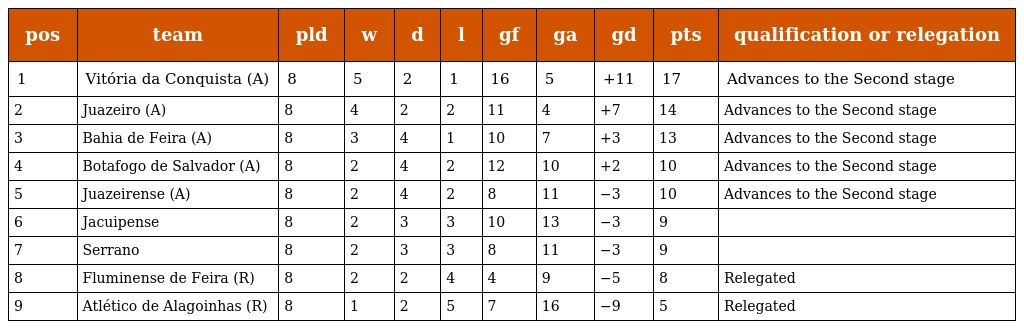
| pos | team | pld | w | d | l | gf | ga | gd | pts | qualification or relegation |
 | --- | --- | --- | --- | --- | --- | --- | --- | --- | --- | --- |
 | 1 | Vitória da Conquista (A) | 8 | 5 | 2 | 1 | 16 | 5 | +11 | 17 | Advances to the Second stage |
 | 2 | Juazeiro (A) | 8 | 4 | 2 | 2 | 11 | 4 | +7 | 14 | Advances to the Second stage |
 | 3 | Bahia de Feira (A) | 8 | 3 | 4 | 1 | 10 | 7 | +3 | 13 | Advances to the Second stage |
 | 4 | Botafogo de Salvador (A) | 8 | 2 | 4 | 2 | 12 | 10 | +2 | 10 | Advances to the Second stage |
 | 5 | Juazeirense (A) | 8 | 2 | 4 | 2 | 8 | 11 | −3 | 10 | Advances to the Second stage |
 | 6 | Jacuipense | 8 | 2 | 3 | 3 | 10 | 13 | −3 | 9 |  |
 | 7 | Serrano | 8 | 2 | 3 | 3 | 8 | 11 | −3 | 9 |  |
 | 8 | Fluminense de Feira (R) | 8 | 2 | 2 | 4 | 4 | 9 | −5 | 8 | Relegated |
 | 9 | Atlético de Alagoinhas (R) | 8 | 1 | 2 | 5 | 7 | 16 | −9 | 5 | Relegated |